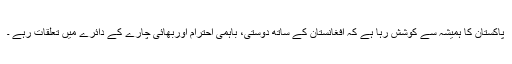
پاکستان کا ہمیشہ سے کوشش رہا ہے کہ افغانستان کے ساتھ دوستی، باہمی احترام اوربھائی چارے کے دائرے میں تعلقات رہے ۔